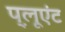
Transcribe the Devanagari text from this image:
प़्लूएंट